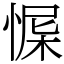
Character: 㥡